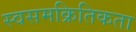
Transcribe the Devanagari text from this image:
स्वसमक्रितिकता